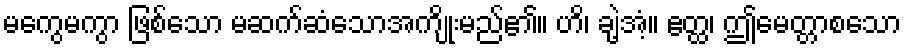
မကွေမကွာ ဖြစ်သော မဆက်ဆံသောအကျိုးမည်၏။ ဟိ၊ ချဲ့အံ့။ ဧတ္ထ၊ ဤမေတ္တာစသော